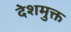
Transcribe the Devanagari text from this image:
देशमुक्त